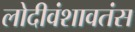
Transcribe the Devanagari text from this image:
लोदीवंशावतंस